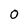
Character: 0